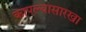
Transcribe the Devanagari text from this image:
कापल्यासारखा